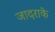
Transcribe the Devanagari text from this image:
जादराके